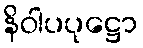
နိဝါပပုဋ္ဌော